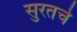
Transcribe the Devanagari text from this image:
सुरतचे